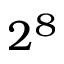
2 ^ { 8 }